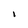
Character: I